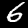
Digit: 6